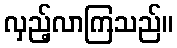
လှည့်လာကြသည်။